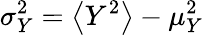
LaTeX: \sigma_{Y}^{2}=\big<Y^{2}\big>-\mu_{Y}^{2}